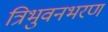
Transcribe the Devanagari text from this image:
त्रिभुवनभरण